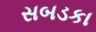
સબડકા